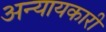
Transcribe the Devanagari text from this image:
अन्यायकारी